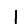
Digit: 1